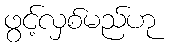
ဖွင့်လှစ်မည်ဟု